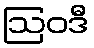
ဩဝဒီ